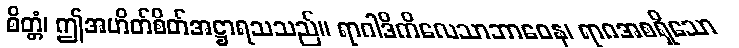
စိတ္တံ၊ ဤအဟိတ်စိတ်အဋ္ဌာရသသည်။ ရာဂါဒိကိလေသာဘာဝေန၊ ရာဂအစရှိသော